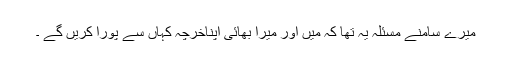
میرے سامنے مسئلہ یہ تھا کہ میں اور میرا بھائی اپناخرچہ کہاں سے پورا کریں گے ۔